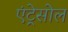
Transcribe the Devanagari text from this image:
एंट्रेसोल